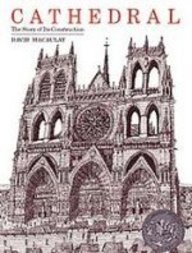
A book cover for Cathedral: The Story of Its Construction (Midnighters); David MacAulay; Teen & Young Adult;